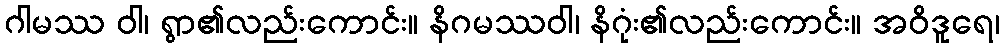
ဂါမဿ ဝါ၊ ရွာ၏လည်းကောင်း။ နိဂမဿဝါ၊ နိဂုံး၏လည်းကောင်း။ အဝိဒူရေ၊